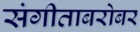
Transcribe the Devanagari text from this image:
संगीताबरोबर